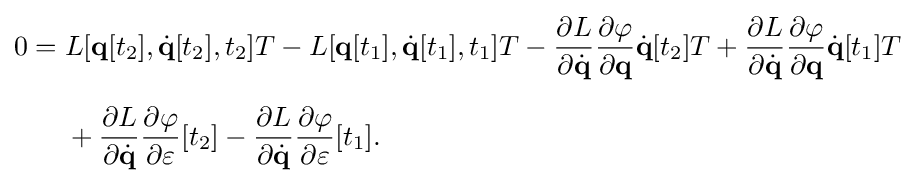
{\begin{aligned}0={}&L[\mathbf {q} [t_{2}],{\dot {\mathbf {q} }}[t_{2}],t_{2}]T-L[\mathbf {q} [t_{1}],{\dot {\mathbf {q} }}[t_{1}],t_{1}]T-{\frac {\partial L}{\partial {\dot {\mathbf {q} }}}}{\frac {\partial \varphi }{\partial \mathbf {q} }}{\dot {\mathbf {q} }}[t_{2}]T+{\frac {\partial L}{\partial {\dot {\mathbf {q} }}}}{\frac {\partial \varphi }{\partial \mathbf {q} }}{\dot {\mathbf {q} }}[t_{1}]T\\[6pt]&{}+{\frac {\partial L}{\partial {\dot {\mathbf {q} }}}}{\frac {\partial \varphi }{\partial \varepsilon }}[t_{2}]-{\frac {\partial L}{\partial {\dot {\mathbf {q} }}}}{\frac {\partial \varphi }{\partial \varepsilon }}[t_{1}].\end{aligned}}